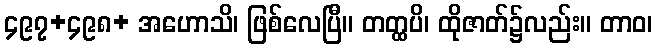
၄၉၇+၄၉၈+ အဟောသိ၊ ဖြစ်လေပြီ။ တတ္ထပိ၊ ထိုဇာတ်၌လည်း။ တာဝ၊